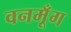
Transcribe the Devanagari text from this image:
वनमूँग